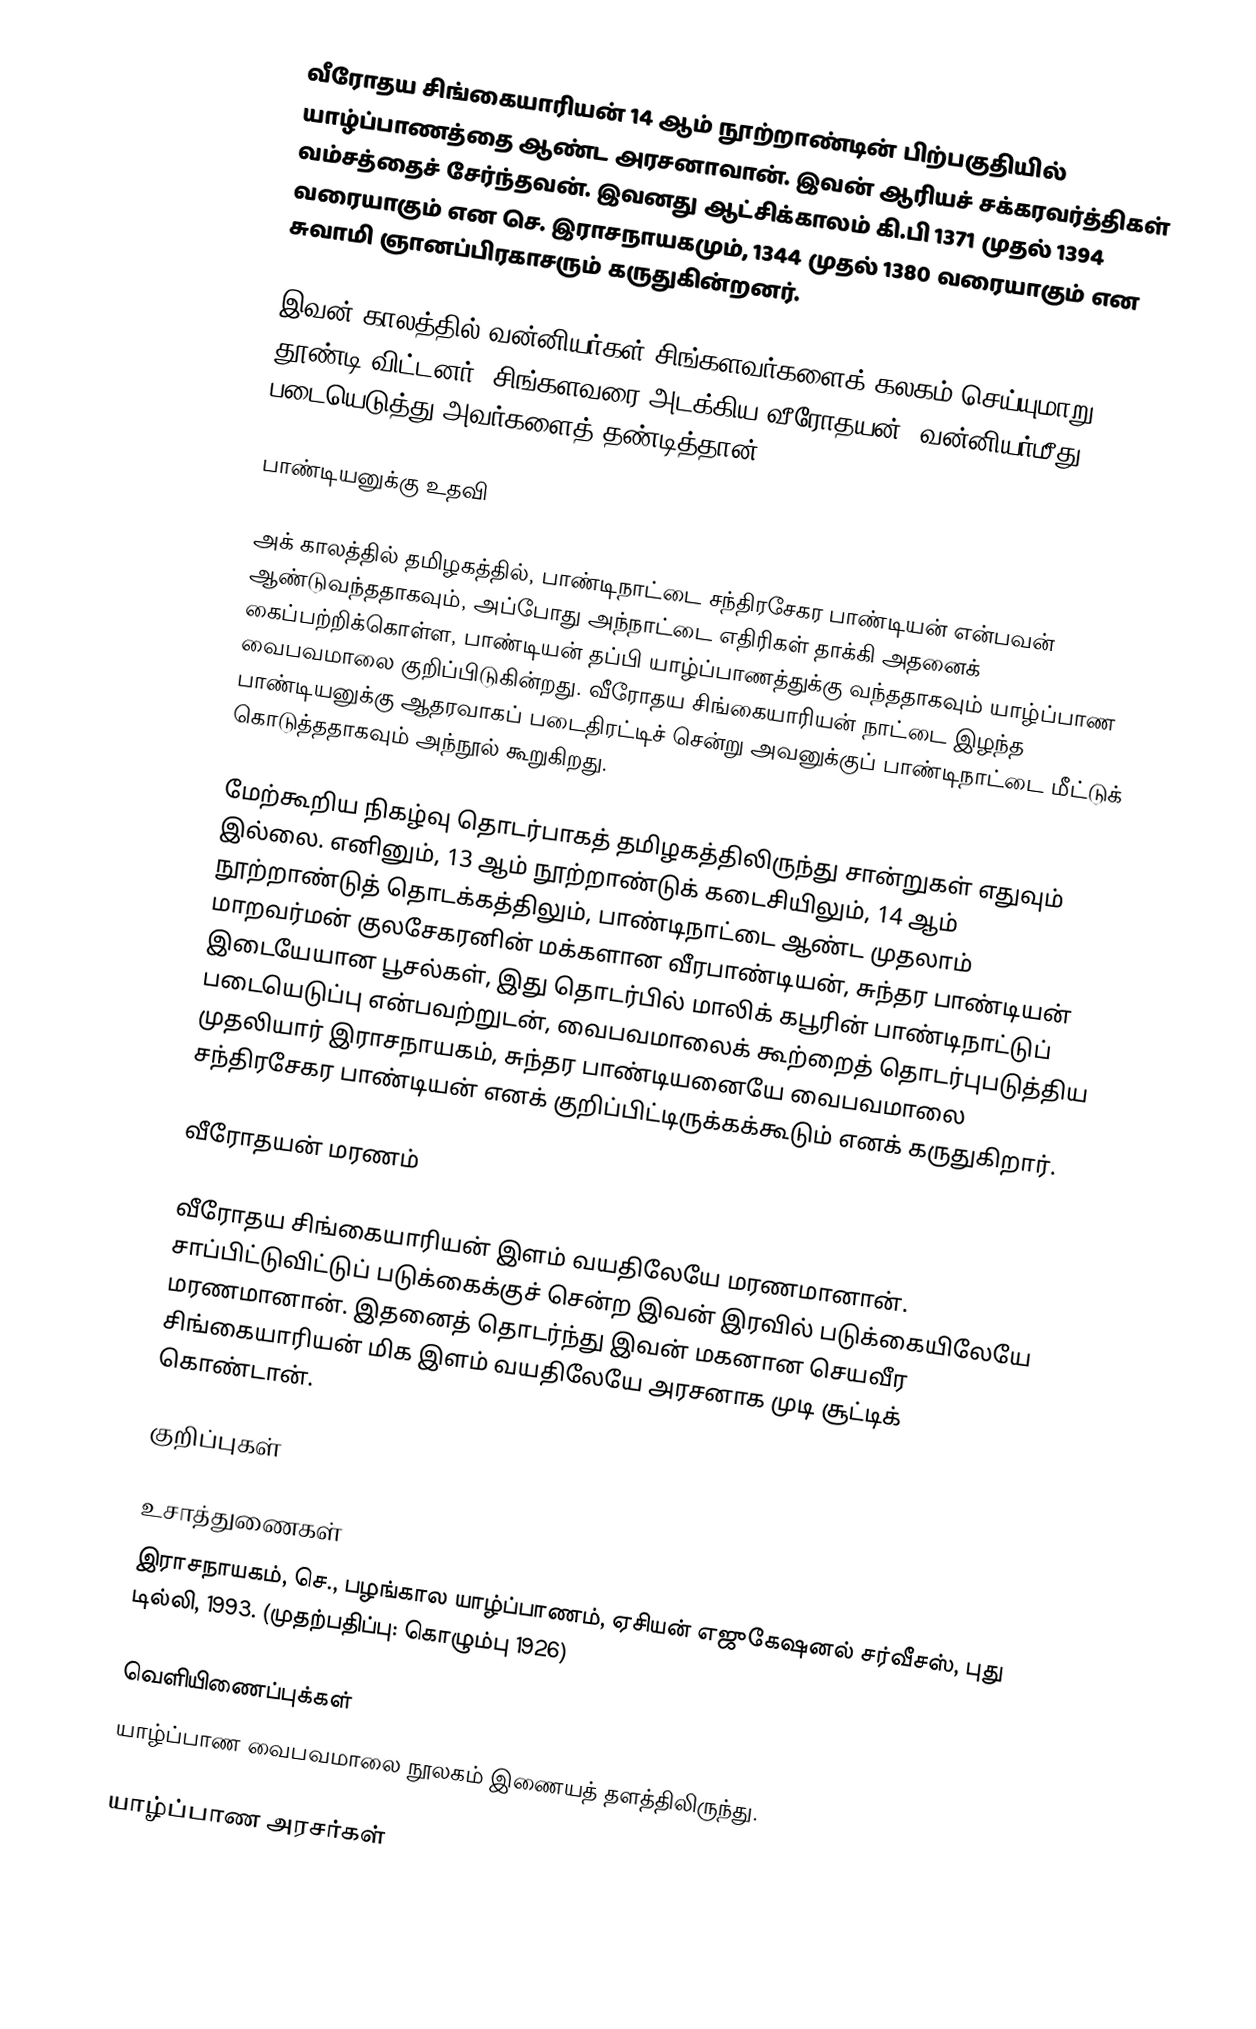
வீரோதய சிங்கையாரியன் 14 ஆம் நூற்றாண்டின் பிற்பகுதியில் யாழ்ப்பாணத்தை ஆண்ட அரசனாவான். இவன் ஆரியச் சக்கரவர்த்திகள் வம்சத்தைச் சேர்ந்தவன். இவனது ஆட்சிக்காலம் கி.பி 1371 முதல் 1394 வரையாகும் என செ. இராசநாயகமும், 1344 முதல் 1380 வரையாகும் என சுவாமி ஞானப்பிரகாசரும் கருதுகின்றனர்.

இவன் காலத்தில் வன்னியர்கள் சிங்களவர்களைக் கலகம் செய்யுமாறு தூண்டி விட்டனர். சிங்களவரை அடக்கிய வீரோதயன், வன்னியர்மீது படையெடுத்து அவர்களைத் தண்டித்தான்.

பாண்டியனுக்கு உதவி

அக் காலத்தில் தமிழகத்தில், பாண்டிநாட்டை சந்திரசேகர பாண்டியன் என்பவன் ஆண்டுவந்ததாகவும், அப்போது அந்நாட்டை எதிரிகள் தாக்கி அதனைக் கைப்பற்றிக்கொள்ள, பாண்டியன் தப்பி யாழ்ப்பாணத்துக்கு வந்ததாகவும் யாழ்ப்பாண வைபவமாலை குறிப்பிடுகின்றது. வீரோதய சிங்கையாரியன் நாட்டை இழந்த பாண்டியனுக்கு ஆதரவாகப் படைதிரட்டிச் சென்று அவனுக்குப் பாண்டிநாட்டை மீட்டுக் கொடுத்ததாகவும் அந்நூல் கூறுகிறது.

மேற்கூறிய நிகழ்வு தொடர்பாகத் தமிழகத்திலிருந்து சான்றுகள் எதுவும் இல்லை. எனினும், 13 ஆம் நூற்றாண்டுக் கடைசியிலும், 14 ஆம் நூற்றாண்டுத் தொடக்கத்திலும், பாண்டிநாட்டை ஆண்ட முதலாம் மாறவர்மன் குலசேகரனின் மக்களான வீரபாண்டியன், சுந்தர பாண்டியன் இடையேயான பூசல்கள், இது தொடர்பில் மாலிக் கபூரின் பாண்டிநாட்டுப் படையெடுப்பு என்பவற்றுடன், வைபவமாலைக் கூற்றைத் தொடர்புபடுத்திய முதலியார் இராசநாயகம், சுந்தர பாண்டியனையே வைபவமாலை சந்திரசேகர பாண்டியன் எனக் குறிப்பிட்டிருக்கக்கூடும் எனக் கருதுகிறார்.

வீரோதயன் மரணம்

வீரோதய சிங்கையாரியன் இளம் வயதிலேயே மரணமானான். சாப்பிட்டுவிட்டுப் படுக்கைக்குச் சென்ற இவன் இரவில் படுக்கையிலேயே மரணமானான். இதனைத் தொடர்ந்து இவன் மகனான செயவீர சிங்கையாரியன் மிக இளம் வயதிலேயே அரசனாக முடி சூட்டிக் கொண்டான்.

குறிப்புகள்

உசாத்துணைகள்
 இராசநாயகம், செ., பழங்கால யாழ்ப்பாணம், ஏசியன் எஜுகேஷனல் சர்வீசஸ், புது டில்லி, 1993. (முதற்பதிப்பு: கொழும்பு 1926)

வெளியிணைப்புக்கள்
 யாழ்ப்பாண வைபவமாலை  நூலகம் இணையத் தளத்திலிருந்து.

 யாழ்ப்பாண அரசர்கள்